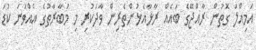
އަމިއްލަ ގޮތުން ރާއްޖޭގެ ބައެއް ރާޅާއެޅުންތެރިން ވާދަކުރި މި މުބާރާތުގެ އެއްވަނަ ކުޑަ